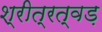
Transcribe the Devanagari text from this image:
श्रीत्रत्वड़